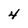
Character: 4